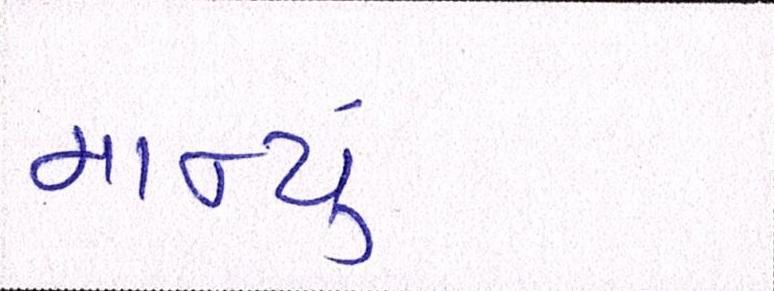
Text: માન્યું